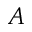
A